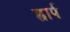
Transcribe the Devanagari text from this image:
ह्वार्प